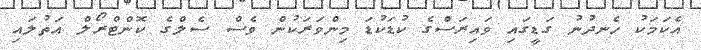
އެކަމަކު ހެނދުނު ގަޑީގައި ވައިރަސްގެ ކުޑަކުޑަ މިންވަރަކުން ވެސް ސެލްގެ ކޮންޓްރޯލް އަތުލައި